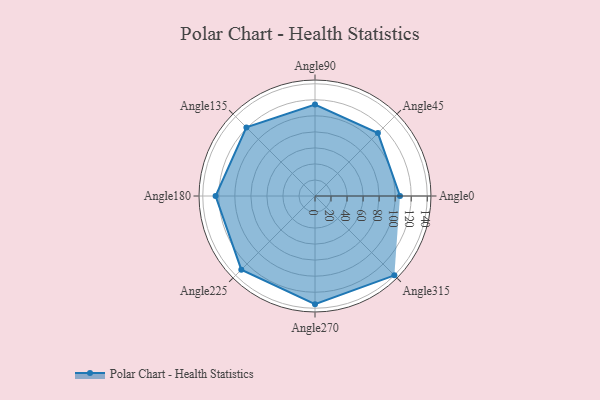
{"axis": {"x": "Angle", "y": "Radius"}, "legend": [""], "data": [{"x": "Angle0", "y": 106.0, "type": ""}, {"x": "Angle45", "y": 111.0, "type": ""}, {"x": "Angle90", "y": 114.0, "type": ""}, {"x": "Angle135", "y": 121.0, "type": ""}, {"x": "Angle180", "y": 124.0, "type": ""}, {"x": "Angle225", "y": 130.0, "type": ""}, {"x": "Angle270", "y": 135.0, "type": ""}, {"x": "Angle315", "y": 140.0, "type": ""}]}